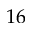
1 6